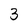
Character: 3